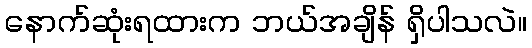
နောက်ဆုံးရထားက ဘယ်အချိန် ရှိပါသလဲ။